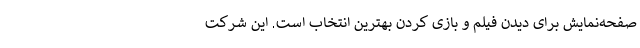
صفحه‌نمایش برای دیدن فیلم و بازی کردن بهترین انتخاب است. این شرکت